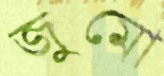
জুমো